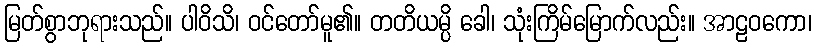
မြတ်စွာဘုရားသည်။ ပါဝိသိ၊ ဝင်တော်မူ၏။ တတိယမ္ပိ ခေါ၊ သုံးကြိမ်မြောက်လည်း။ အာဠဝကော၊